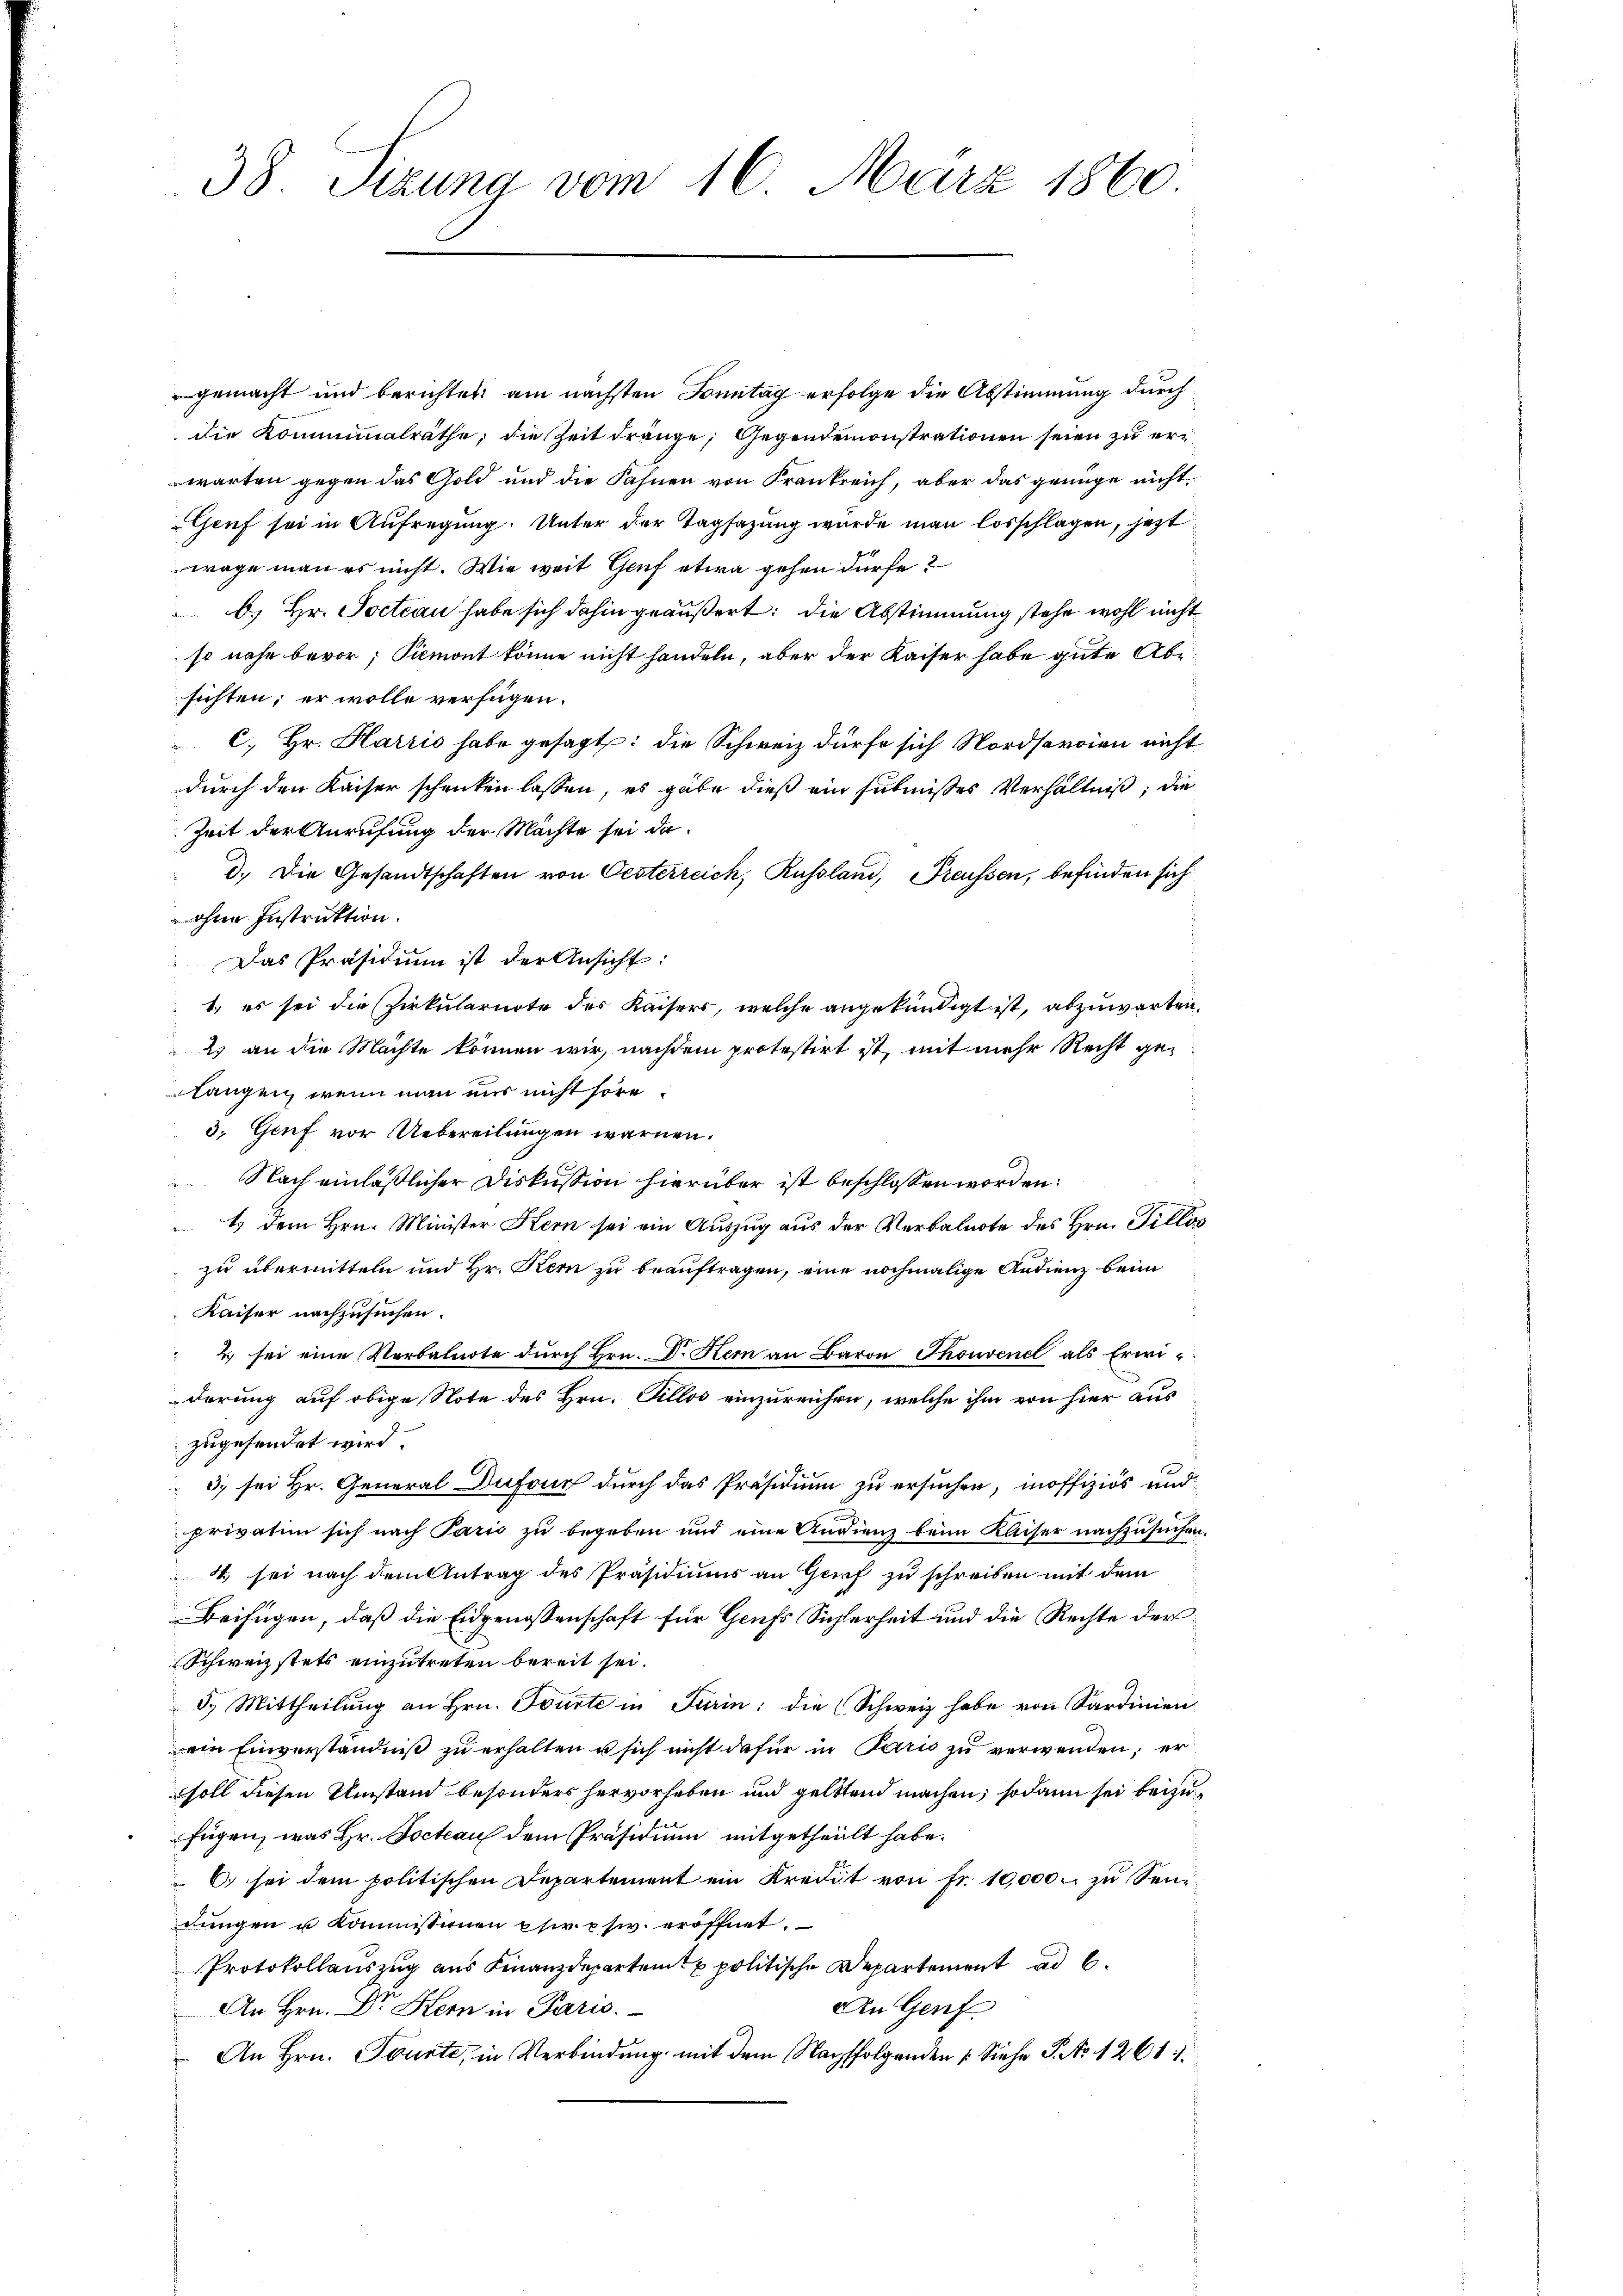
38 Sizung vom 16. März 1860

gemacht und berichtet am nächsten Sonntag erfolge die Abstimmung durch
die Komminalräthe, die Zeit dränge, Gegendemonstrationen seien zu erwarten gegen das Gold und die Fahnen von Frankreich, aber das genüge nicht
Genf sei in Aufregung. Unter der Tagsazung wurde man losschlagen, jetzt
wage man es nicht. Wie weit Genf etwa gehen dürfe?
b.) Hr. Pocteau habe sich dahin geäußert: die Abstimmung stehe wohl nicht
so nahe bevor; Piemont könne nicht handeln, aber der Kaiser habe gute Absichten; er wolle verfügen.
c. Hr. Harris habe gesagt: die Schweiz dürfe sich Nordseraien nicht
durch den Kaiser schenken lassen, es gabe dieß ein subnisses Verhältniß, die
Zeit der Anrufung der Machte sei dad. Die Gesandtschaften von Oesterreich, Russland, Freussen, befinden sich
ohne Instruktion.
Das Präsidium ist der Ansicht:
1., es sei die Zirkularnote des Kaisers, welche angekündigt ist, abzuwarten.
2 an die Machte können wir, nachdem protestirt ist, mit mehr Recht gelangen, wenn man uns nicht höre.
3. Genf vor Uebereilungen warnen.
 Nach einläßlicher Diskussion hierüber ist beschlossen worden.
1 dem Hrn. Minister Kern sei ein Auszug aus der Verbalnote des Hrn. Fillös
zu übermitteln und Hr. Kern zu beauftragen, eine nochmalige Andienz beim
Kaiser nachzusuchen.
2 sei eine Verbalnote dŭrch Hrn. Dr. Hern an Baron Thonvenel als Erwi-
derung auf obige Note des Hrn. Gillos einzureichen, welche ihm von hier aus
zugesendet wird.
3) sei Hr. General Dufour durch das Präsidium zu ersuchen, mnoffiziös und
privation sich nach Paris zu begeben und eine Andienz beim Kaiser nachzusuchen.
4 sei nach dem Antrag des Präsidiums an Genf zu schreiben mit dem
Beifügen, daß die Eidgenossenschaft für Grufs Sicherheit und die Rechte der
Schweiz stets einzutreten bereit sei.
d.) Mittheilung an Hrn. Tourte in Turin: die (Schweiz habe von Sardinien
ein Einverständniß zu erhalten u sich nicht dafür in Paris zu verwenden; ersoll diesen Umstand besonders hervorheben und gelttend machen; sodann sei beizufügen, was Hr. Docteau dem Präsidium mitgetheilt habe.
C. sei dem politischen Departement ein Kredit von Fr. 10,000. zŭ Sendungen u Kommissionen phir phiv. eröffnet.
Protokollauszug aus Finanzdepartent politische Departement ad b.
An Genf
An Hrn. Dr. Hern in Paris.
An Hrn. Sonnte, in Verbindung mit dem Nachfolgenden Siehe J. No 1261.